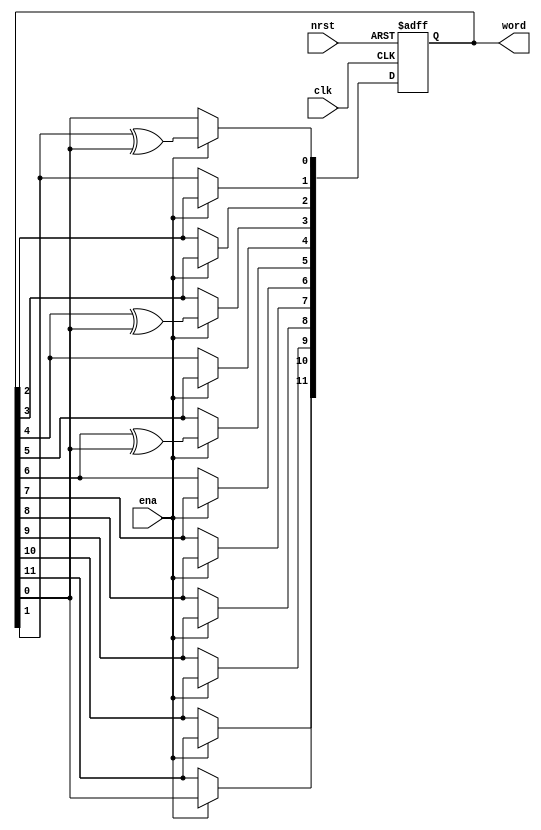
// This program was cloned from: https://github.com/MiSTeX-devel/MiSTeX-ports
// License: BSD 3-Clause "New" or "Revised" License

// (C) 2001-2023 Intel Corporation. All rights reserved.
// Your use of Intel Corporation's design tools, logic functions and other 
// software and tools, and its AMPP partner logic functions, and any output 
// files from any of the foregoing (including device programming or simulation 
// files), and any associated documentation or information are expressly subject 
// to the terms and conditions of the Intel Program License Subscription 
// Agreement, Intel FPGA IP License Agreement, or other applicable 
// license agreement, including, without limitation, that your use is for the 
// sole purpose of programming logic devices manufactured by Intel and sold by 
// Intel or its authorized distributors.  Please refer to the applicable 
// agreement for further details.


`timescale 1 ps / 1 ps

module rw_manager_lfsr12(
	clk, 
	nrst, 
	ena, 
	word
);

	input clk;
	input nrst;
	input ena;
	output reg [11:0] word;

	always @(posedge clk or negedge nrst) begin
		if(~nrst) begin
			word <= 12'b101001101011;
		end
		else if(ena) begin
			word[11] <= word[0];
			word[10] <= word[11];
			word[9] <= word[10];
			word[8] <= word[9];
			word[7] <= word[8];
			word[6] <= word[7];
			word[5] <= word[6] ^ word[0];
			word[4] <= word[5];
			word[3] <= word[4] ^ word[0];
			word[2] <= word[3];
			word[1] <= word[2];
			word[0] <= word[1] ^ word[0];
		end
	end

endmodule